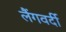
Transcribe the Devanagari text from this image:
लैंगवर्दी